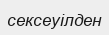
сексеуілден